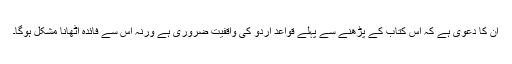
ان کا دعویٰ ہے کہ اس کتاب کے پڑھنے سے پہلے قواعدِ اردو کی واقفیت ضروری ہے ورنہ اس سے فائدہ اٹھانا مشکل ہوگا۔